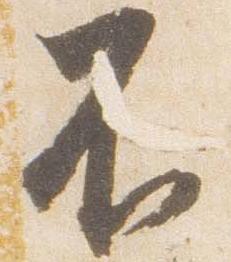
不